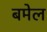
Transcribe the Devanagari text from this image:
बमेल